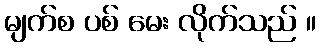
မျက်စ ပစ် မေး လိုက်သည် ။